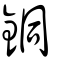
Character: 銅